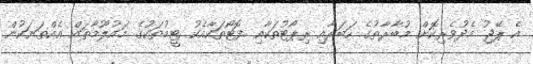
އެ ޕޭޖު މެދުވެރިކޮށް މުބާރާތުގެ ހަބަރާއި ރިޕޯޓުތަކާއި ފޮޓޯތަކާއެކު ޓީމުތަކުގެ މައުލޫމާތައް އެއްތަނަކުން